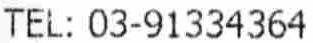
TEL: 03-91334364